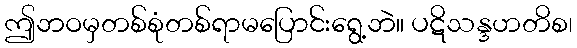
ဤဘဝမှတစ်စုံတစ်ရာမပြောင်းရွေ့ဘဲ။ ပဋိသန္ဒဟတိစ၊